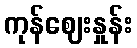
ကုန်ဈေးနှုန်း